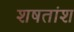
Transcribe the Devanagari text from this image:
शषतांश